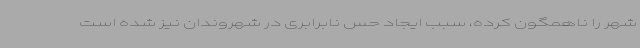
شهر را ناهمگون کرده، سبب ایجاد حس نابرابری در شهروندان نیز شده است